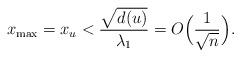
LaTeX: \begin{align*}x_{\max} = x_u < \frac{\sqrt{d(u)}}{\lambda_1} = O\Big(\frac{1}{\sqrt{n}}\Big). \end{align*}